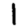
Digit: 1